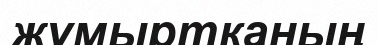
жұмыртканың